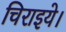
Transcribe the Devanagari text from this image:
चिराइये।